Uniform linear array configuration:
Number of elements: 24
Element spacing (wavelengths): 0.5
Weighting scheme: exponential
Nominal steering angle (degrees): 30
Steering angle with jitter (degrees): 28.375
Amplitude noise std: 0.05
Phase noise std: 0.05

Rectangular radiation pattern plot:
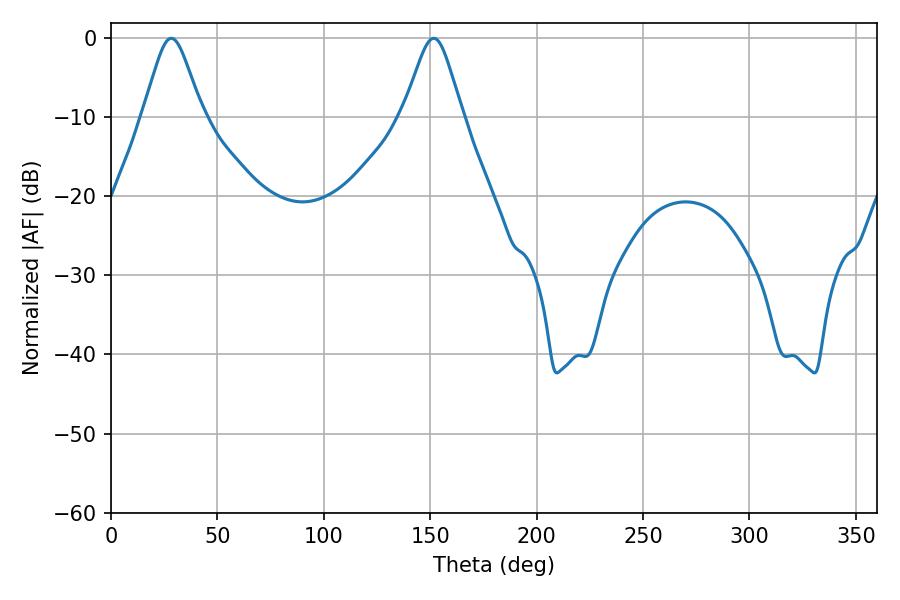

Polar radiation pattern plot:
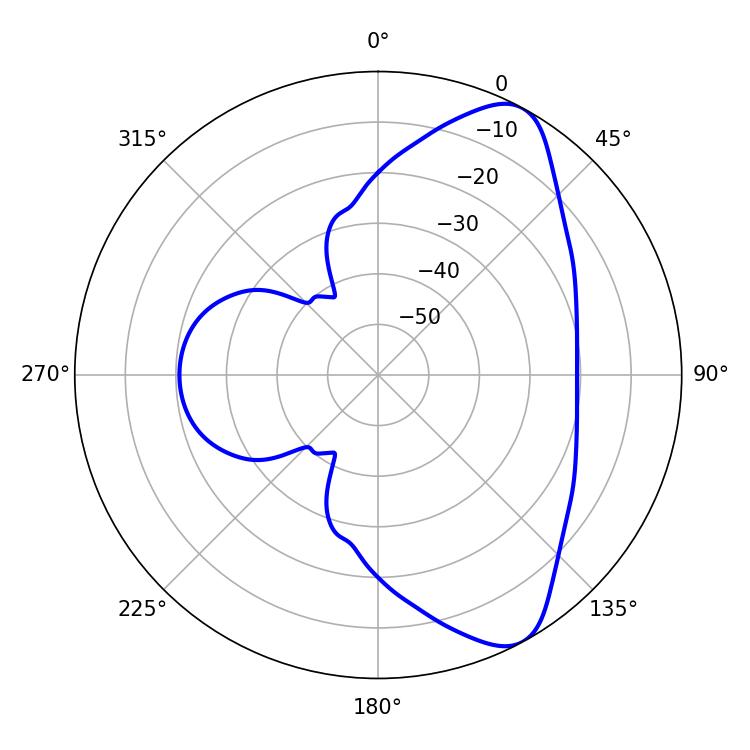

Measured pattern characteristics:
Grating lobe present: FALSE
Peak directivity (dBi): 8.423
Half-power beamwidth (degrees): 13.32
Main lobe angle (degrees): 28.26